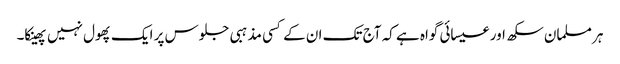
ہر مسلمان سکھ اور عیسائی گواہ ہے کہ آج تک ان کے کسی مذہبی جلوس پر ایک پھول نہیں پھینکا۔